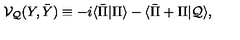
{ \cal V } _ { \cal Q } ( Y , \bar { Y } ) \equiv - i \langle \bar { \Pi } | \Pi \rangle - \langle \bar { \Pi } + \Pi | { \cal Q } \rangle ,